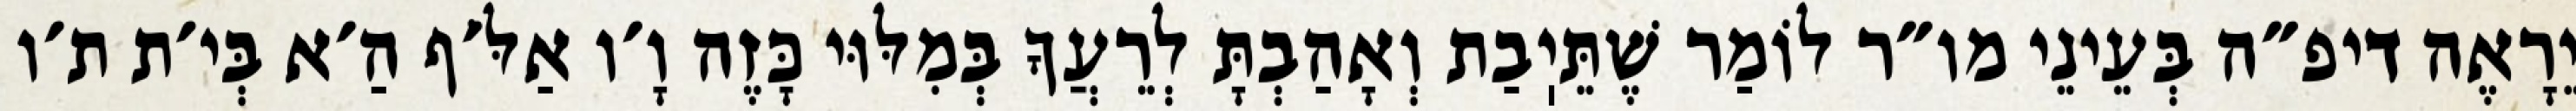
יֵרָאֶה דיפ״ה בְּעֵינֵי מו״ר לוֹמַר שֶׁתֵּיֽבַת וְאָהַבְתָּ לְרֵעֲךָ בְּמִלּוּי כָּזֶה וָ׳ו אַלֹּ׳ף הַ׳א בְּי׳ת ת׳ו